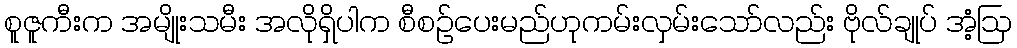
စူဇူကီးက အမျိုးသမီး အလိုရှိပါက စီစဉ်ပေးမည်ဟုကမ်းလှမ်းသော်လည်း ဗိုလ်ချုပ် အံ့ဩ